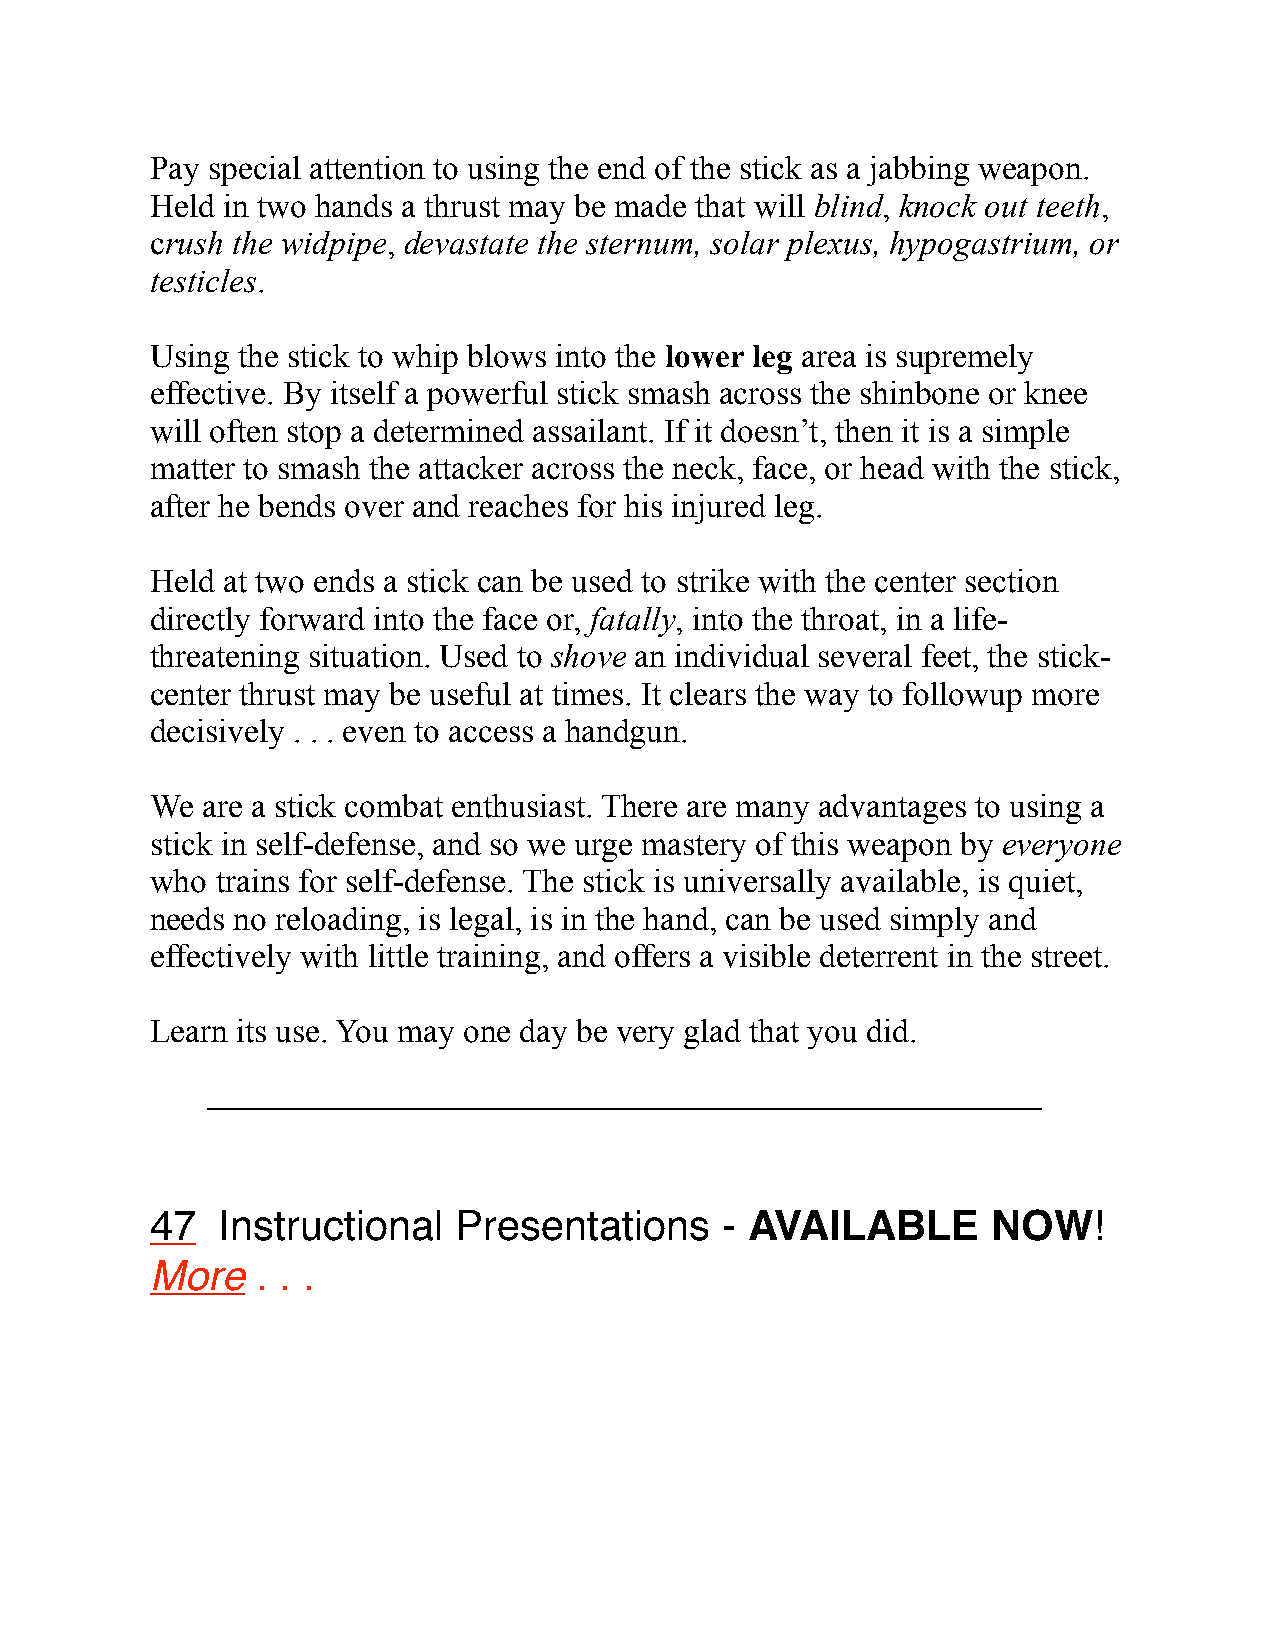
Pay special attention to using the end of the stick as a jabbing weapon.
 Held in two hands a thrust may be made that will blind, knock out teeth,
 crush the widpipe, devastate the sternum, solar plexus, hypogastrium, or
 testicles.
 Using the stick to whip blows into the lower leg area is supremely
 effective. By itself a powerful stick smash across the shinbone or knee
 will often stop a determined assailant. If it doesn’t, then it is a simple
 matter to smash the attacker across the neck, face, or head with the stick,
 after he bends over and reaches for his injured leg.
 Held at two ends a stick can be used to strike with the center section
 directly forward into the face or, fatally, into the throat, in a life-
 threatening situation. Used to shove an individual several feet, the stick-
 center thrust may be useful at times. It clears the way to followup more
 decisively . . . even to access a handgun.
 We are a stick combat enthusiast. There are many advantages to using a
 stick in self-defense, and so we urge mastery of this weapon by everyone
 who trains for self-defense. The stick is universally available, is quiet,
 needs no reloading, is legal, is in the hand, can be used simply and
 effectively with little training, and offers a visible deterrent in the street.
 Learn its use. You may one day be very glad that you did.
 ––––––––––––––––––––––––––––––––––––––––––––––––––
 47   Instructional  Presentations     - AVAILABLE       NOW!
 More   . . .